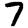
Digit: 7